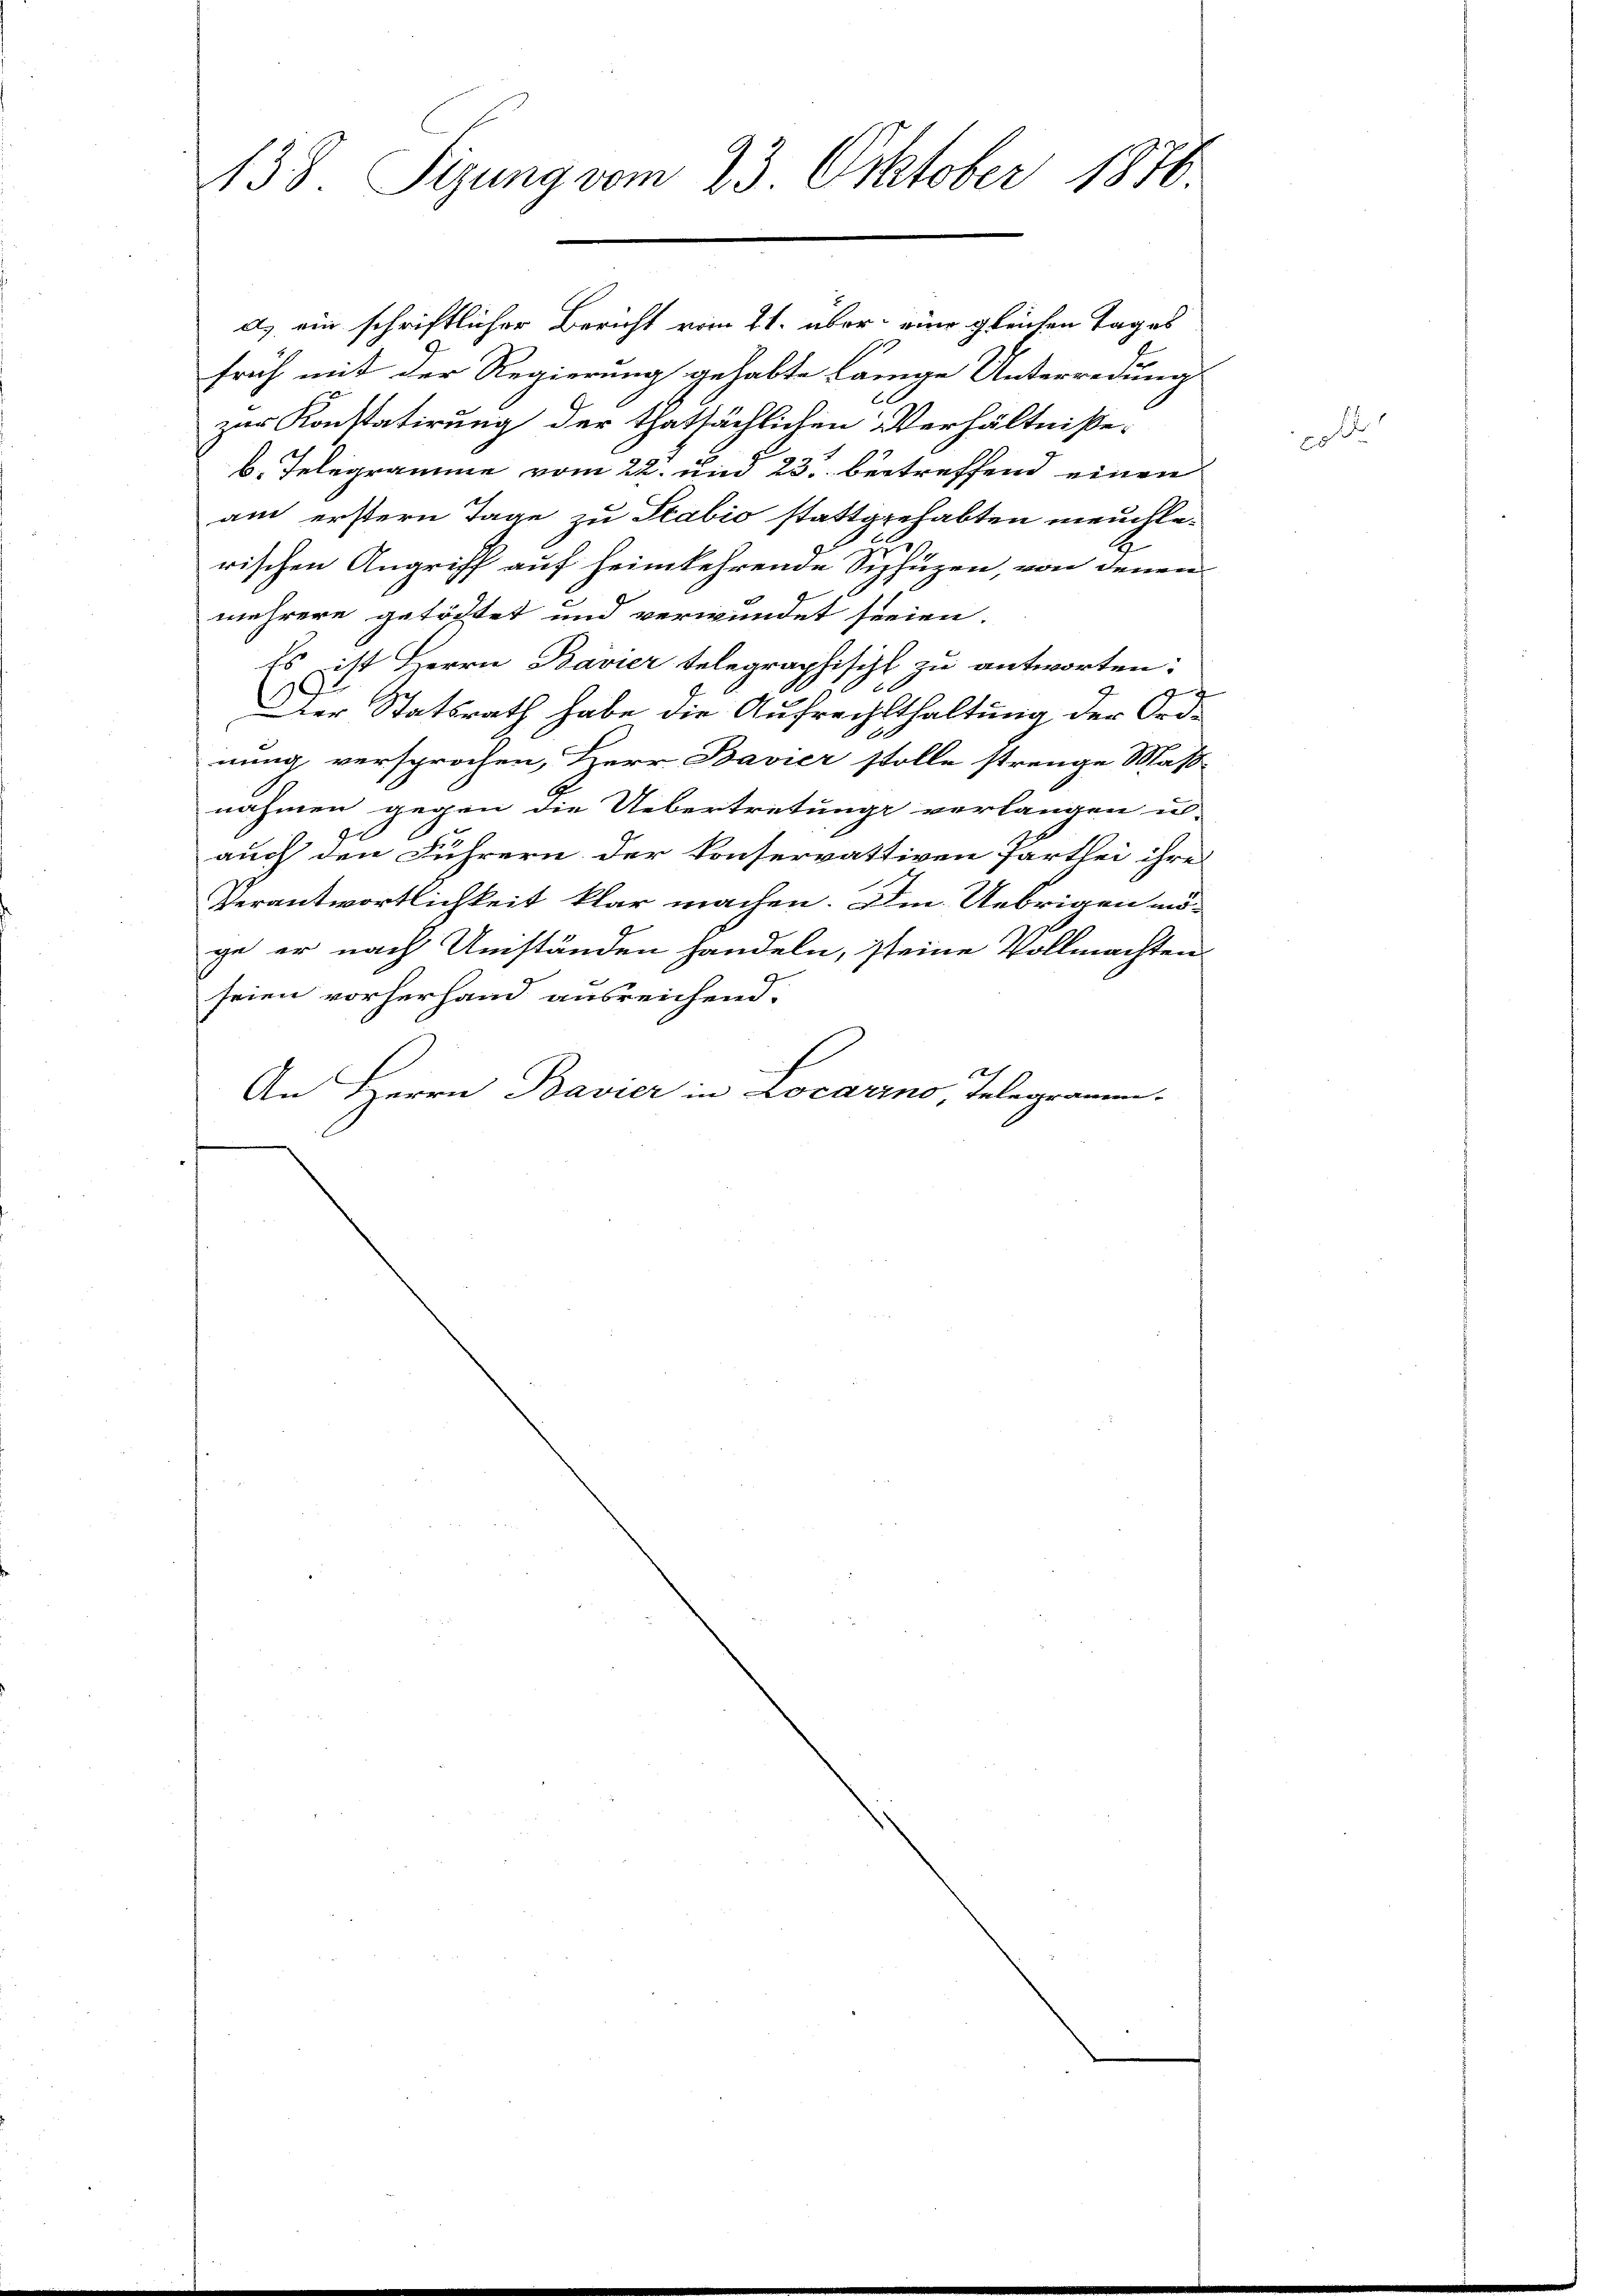
138. Sizung vom 23. Oktober 1870.

a) ein schriftlicher Bericht vom 21. über eine gleichen Tages
früh mit der Regierung gehabte Könige Unterredung
zur Konstatirung der thatsächlichen Verhältniße
b. Telegramme vom 22. und 23. betreffend einen
am erstern Tage zu Stabić stattgehabten meuchle¬
2
rischen Angriff auf heimkehrende Siphüzen, von denen
mehrere getöchtet und verwundet seien.
Es ist Herrn Bavier telegraphischt zu antworten:
1
Der Statsrath habe die Aufrechtshaltung der Ordnung versprochen, Herr Bavier stolle strenge Maß-
nahmen gegen die Uebertretung verlangen u.
auch den Führern der konservattiven Parthei ihre
Verantwortlichkeit klar machen. Im Uebrigen möge er nach Umständen handeln, seine Vollmachten
seien vorherhand ausreichend.
Ach
An Herrn Bavier in Locarino Telegramm.

coll